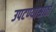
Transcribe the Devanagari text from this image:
उपटण्यासाठी